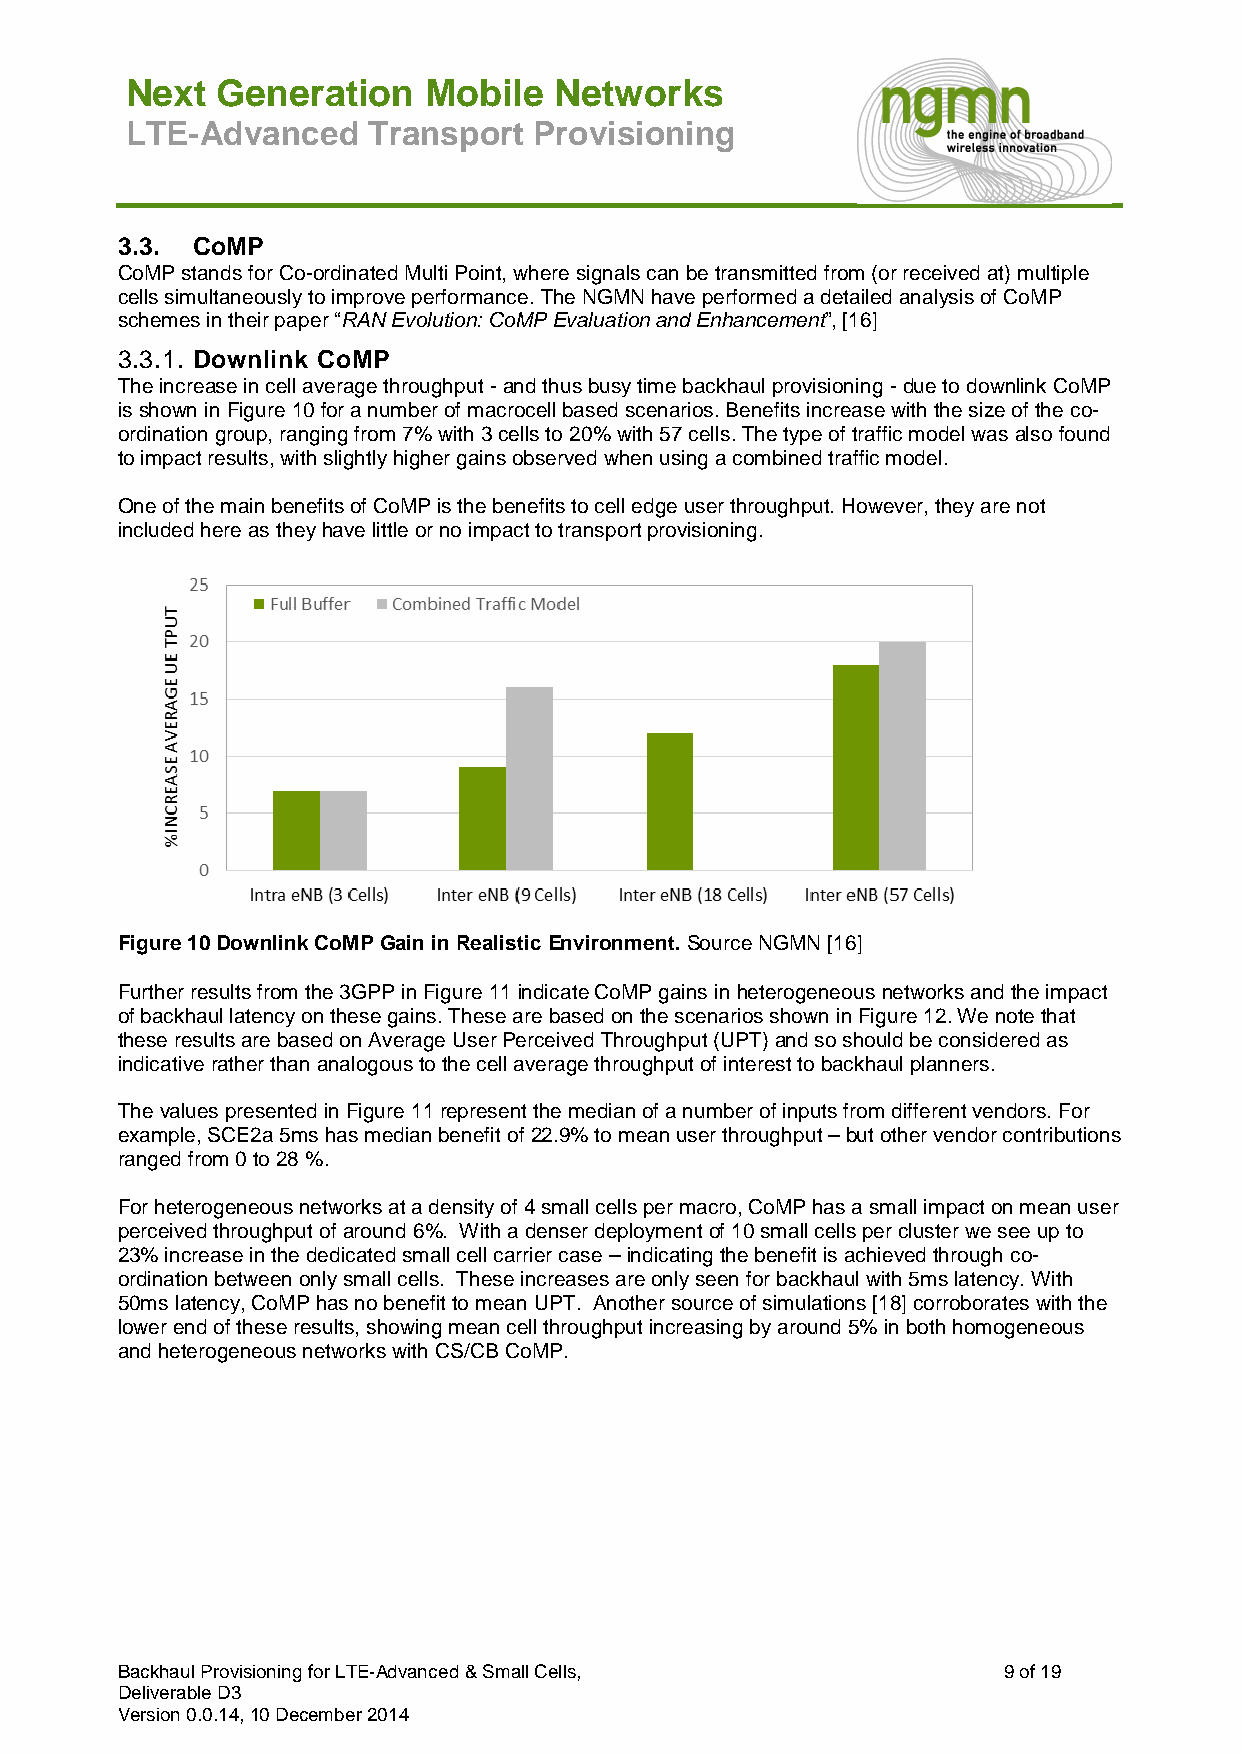
Next  Generation    Mobile   Networks
 LTE-Advanced    Transport  Provisioning
 3.3. CoMP
 CoMP stands for Co-ordinated Multi Point, where signals can be transmitted from (or received at) multiple
 cells simultaneously to improve performance. The NGMN have performed a detailed analysis of CoMP
 schemes in their paper “RAN Evolution: CoMP Evaluation and Enhancement”, [16]
 3.3.1. Downlink CoMP
 The increase in cell average throughput - and thus busy time backhaul provisioning - due to downlink CoMP
 is shown in Figure 10 for a number of macrocell based scenarios. Benefits increase with the size of the co-
 ordination group, ranging from 7% with 3 cells to 20% with 57 cells. The type of traffic model was also found
 to impact results, with slightly higher gains observed when using a combined traffic model.
 One of the main benefits of CoMP is the benefits to cell edge user throughput. However, they are not
 included here as they have little or no impact to transport provisioning.
 Figure 10 Downlink CoMP Gain in Realistic Environment. Source NGMN [16]
 Further results from the 3GPP in Figure 11 indicate CoMP gains in heterogeneous networks and the impact
 of backhaul latency on these gains. These are based on the scenarios shown in Figure 12. We note that
 these results are based on Average User Perceived Throughput (UPT) and so should be considered as
 indicative rather than analogous to the cell average throughput of interest to backhaul planners.
 The values presented in Figure 11 represent the median of a number of inputs from different vendors. For
 example, SCE2a 5ms has median benefit of 22.9% to mean user throughput – but other vendor contributions
 ranged from 0 to 28 %.
 For heterogeneous networks at a density of 4 small cells per macro, CoMP has a small impact on mean user
 perceived throughput of around 6%. With a denser deployment of 10 small cells per cluster we see up to
 23% increase in the dedicated small cell carrier case – indicating the benefit is achieved through co-
 ordination between only small cells. These increases are only seen for backhaul with 5ms latency. With
 50ms latency, CoMP has no benefit to mean UPT. Another source of simulations [18] corroborates with the
 lower end of these results, showing mean cell throughput increasing by around 5% in both homogeneous
 and heterogeneous networks with CS/CB CoMP.
 Backhaul Provisioning for LTE-Advanced & Small Cells,     9 of 19
 Deliverable D3
 Version 0.0.14, 10 December 2014